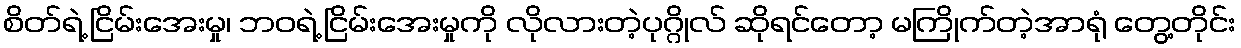
စိတ်ရဲ့ ငြိမ်းအေးမှု၊ ဘဝရဲ့ ငြိမ်းအေးမှုကို လိုလားတဲ့ပုဂ္ဂိုလ် ဆိုရင်တော့ မကြိုက်တဲ့အာရုံ တွေ့တိုင်း